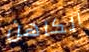
الكاهن